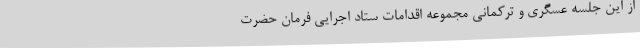
از این جلسه عسگری و ترکمانی مجموعه اقدامات ستاد اجرایی فرمان حضرت